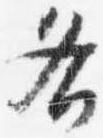
各